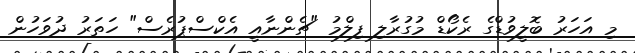
މި އަހަރު ބޮލީވުޑްގެ ރެކޯޑް މުގުރާލި ފިލްމު "ޗެންނާއީ އެކްސްޕުރެސް" ހަތަރު ދުވަހުން